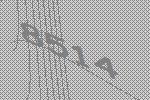
8514